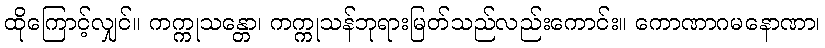
ထိုကြောင့်လျှင်။ ကက္ကုသန္တော၊ ကက္ကုသန်ဘုရားမြတ်သည်လည်းကောင်း။ ကောဏာဂမနောဏာ၊